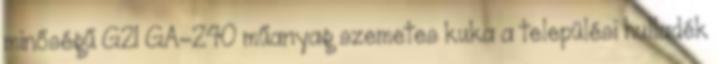
minőségű G21 GA-240 műanyag szemetes kuka a települési hulladék